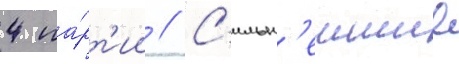
4 па́рт'ии // С'ильн'еишие